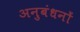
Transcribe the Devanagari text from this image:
अनुबंधनों